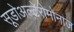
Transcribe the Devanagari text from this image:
सूडोअल्टेरोमोनाज